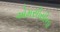
એમસીસીના